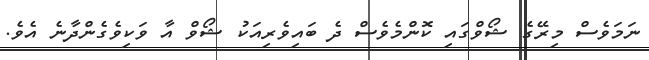
ނަމަވެސް މިރޭގެ ޝޯވްގައި ކޮންމެވެސް ދެ ބައިވެރިއަކު ޝޯވް އާ ވަކިވެގެންދާނެ އެވެ.